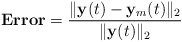
\begin{align*}{\bf Error}=\frac{\|{\bf y}(t)-{\bf y}_m(t)\|_{2}}{\|{\bf y}(t)\|_{2}}\end{align*}